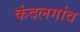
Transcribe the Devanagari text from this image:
कंदलगांव